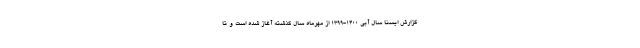
گزارش ایسنا سال آبی ۱۴۰۰-۱۳۹۹ از مهرماه سال گذشته آغاز شده است و تا